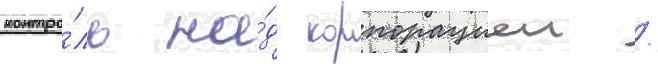
контро́ль на́д корпорациеи /